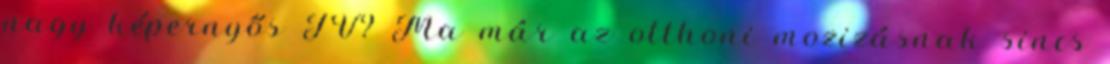
nagy képernyős TV? Ma már az otthoni mozizásnak sincs